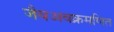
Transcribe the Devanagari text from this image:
जैवअवक्रमणित